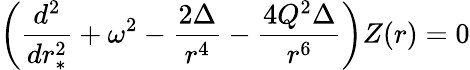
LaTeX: \left({\frac{d^{2}}{dr_{*}^{2}}}+\omega^{2}-{\frac{2\Delta}{r^{4}}}-{\frac{4Q^{2}\Delta}{r^{6}}}\right)Z(r)=0